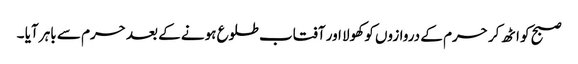
صبح کو اٹھ کر حرم کے دروازوں کو کھولا اور آفتاب طلوع ہونے کے بعد حرم سے باہر آیا ۔